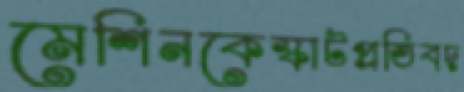
মেশিনকেস্কাটপ্রতিবদ